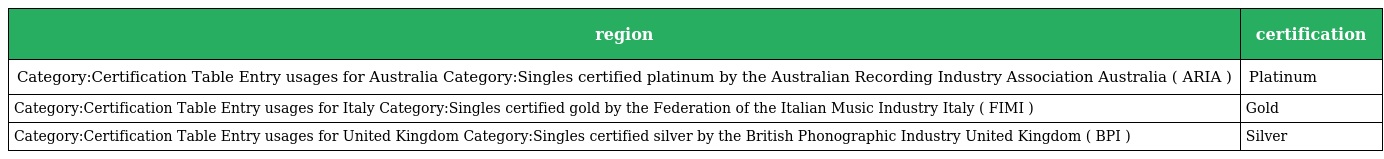
| region | certification |
 | --- | --- |
 | Category:Certification Table Entry usages for Australia Category:Singles certified platinum by the Australian Recording Industry Association Australia ( ARIA ) | Platinum |
 | Category:Certification Table Entry usages for Italy Category:Singles certified gold by the Federation of the Italian Music Industry Italy ( FIMI ) | Gold |
 | Category:Certification Table Entry usages for United Kingdom Category:Singles certified silver by the British Phonographic Industry United Kingdom ( BPI ) | Silver |